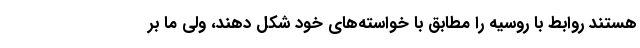
هستند روابط با روسیه را مطابق با خواسته‌های خود شکل دهند، ولی ما بر